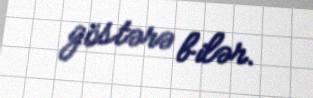
göstərə bilər.